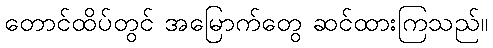
တောင်ထိပ်တွင် အမြောက်တွေ ဆင်ထားကြသည်။